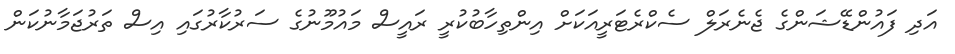
އަދި ފައުންޑޭޝަންގެ ޖެނެރަލް ސެކްރެޓަރީއަކަށް އިންތިހާބުކުރީ ރައީސް މައުމޫނުގެ ސަރުކާރުގައި އިސް ތަރުޖަމާނުކަން